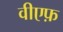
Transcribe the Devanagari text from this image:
वीएफ़